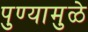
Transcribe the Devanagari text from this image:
पुण्यामुळे